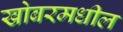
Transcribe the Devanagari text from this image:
खोबरमधील